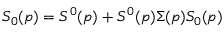
S _ { 0 } ( p ) = S ^ { 0 } ( p ) + S ^ { 0 } ( p ) \Sigma ( p ) S _ { 0 } ( p )